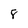
Character: 8